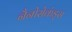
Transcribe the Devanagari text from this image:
नैनोसेकंड्स